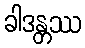
ခါဒန္တဿ